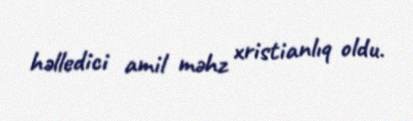
həlledici amil məhz xristianlıq oldu.